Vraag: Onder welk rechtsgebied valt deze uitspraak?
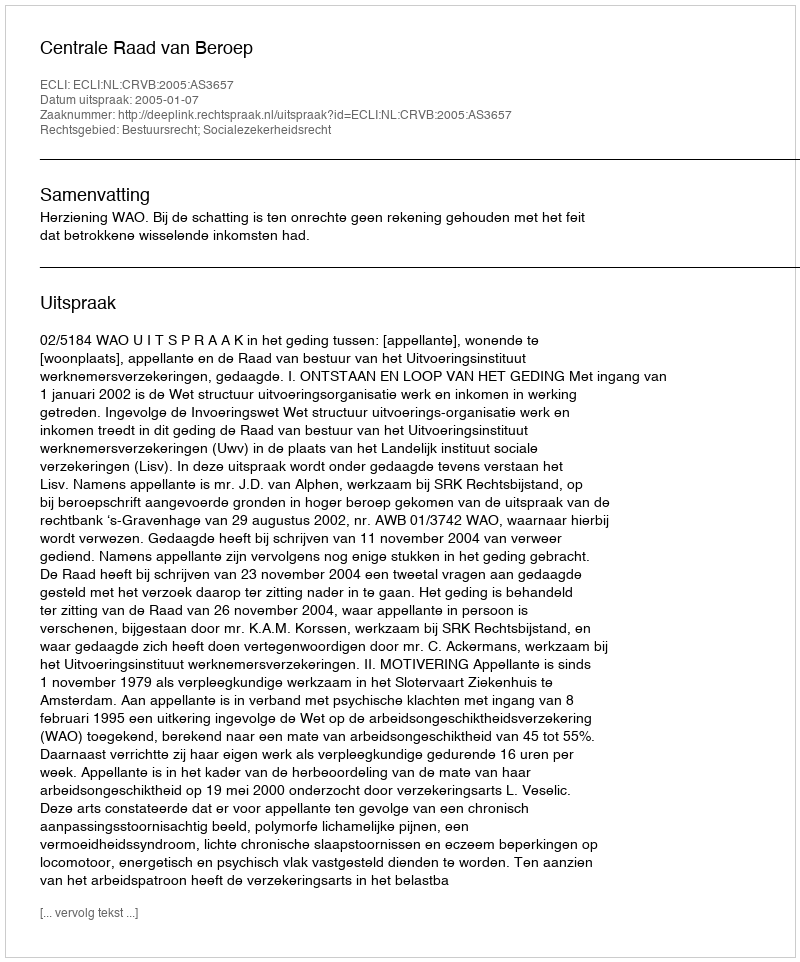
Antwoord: Bestuursrecht; Socialezekerheidsrecht